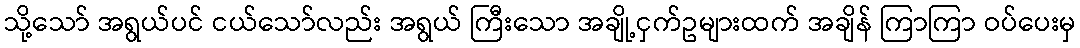
သို့သော် အရွယ်ပင် ငယ်သော်လည်း အရွယ် ကြီးသော အချို့ငှက်ဥများထက် အချိန် ကြာကြာ ဝပ်ပေးမှ